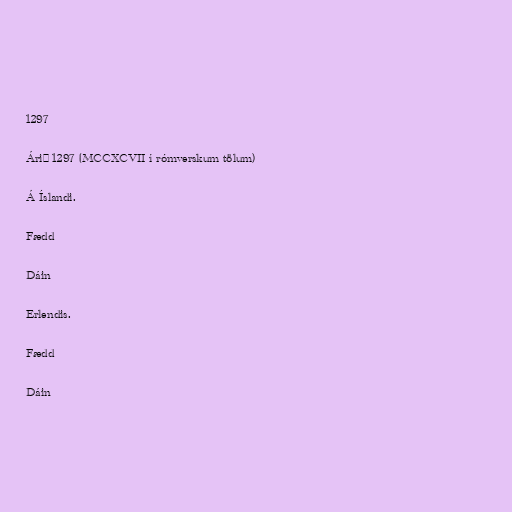
1297

Árið 1297 (MCCXCVII í rómverskum tölum)

Á Íslandi.

Fædd

Dáin

Erlendis.

Fædd

Dáin